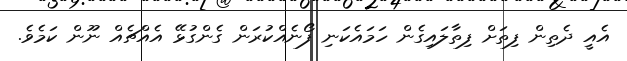
އެއީ ދެތިން ފިތަށް ފިިތާލައިގެން ހަމައެކަނި ފޯނެއްކުރަން ގެންގުޅޭ އެއްޗެއް ނޫން ކަމެވެ.